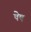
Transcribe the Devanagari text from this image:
षेष